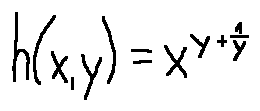
h ( x , y ) = x ^ { y + \frac { 1 } { y } }